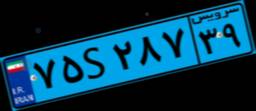
۷۵S۲۸۷۳۹